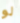
لو